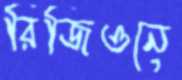
রিজিওনে